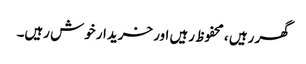
گھر رہیں ، محفوظ رہیں اور خریدار خوش رہیں۔